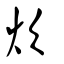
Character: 炊